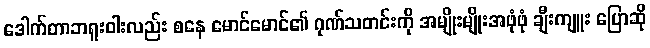
ဒေါက်တာဘရူးဝါးလည်း စနေ မောင်မောင်၏ ဂုဏ်သတင်းကို အမျိုးမျိုးအဖုံဖုံ ချီးကျူး ပြောဆို